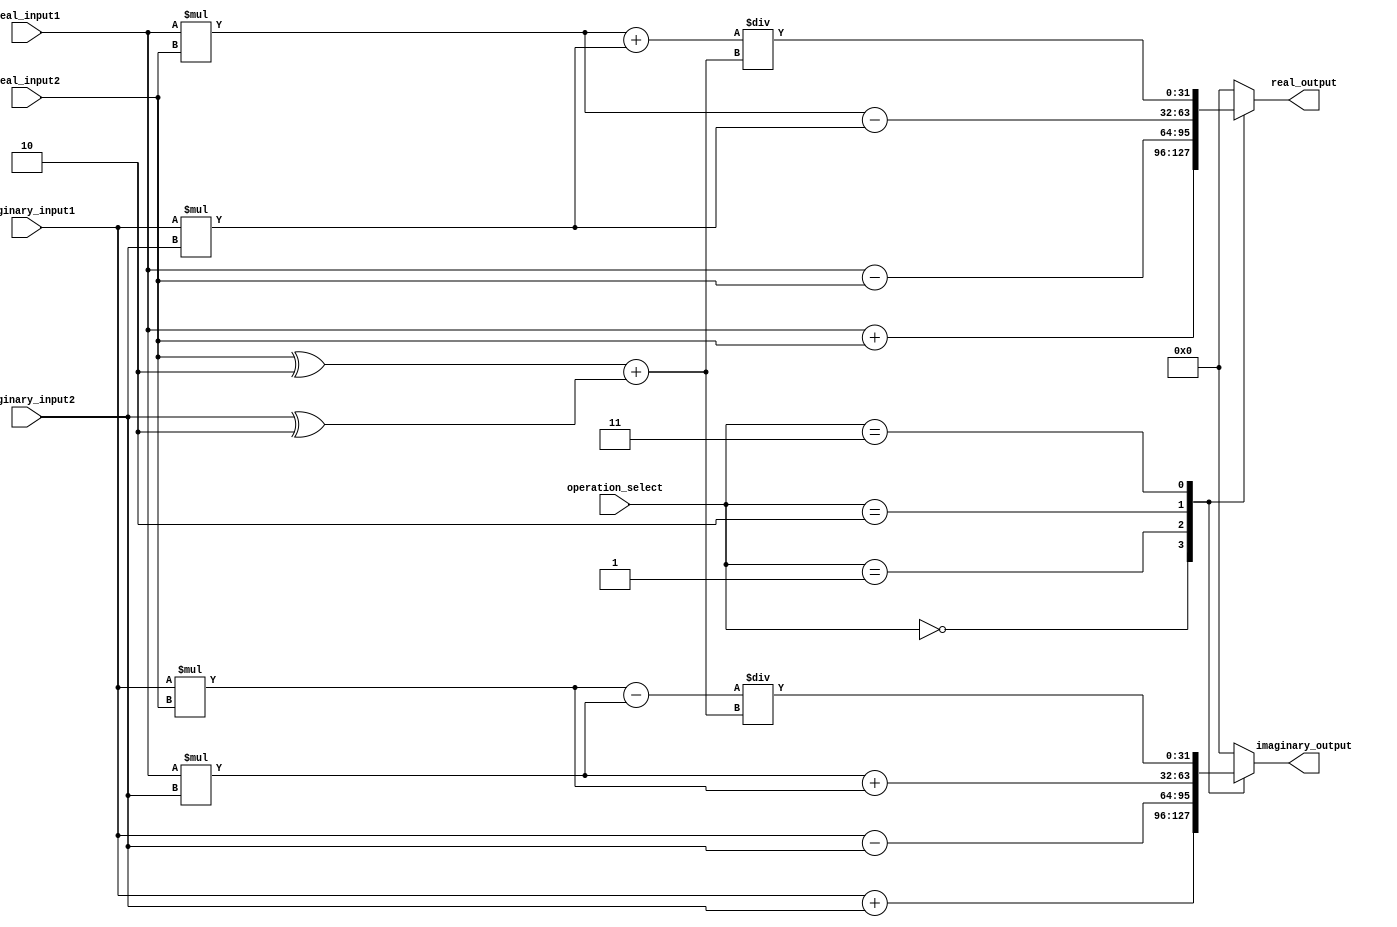
module ComplexALU (
    input [31:0] real_input1,
    input [31:0] imaginary_input1,
    input [31:0] real_input2,
    input [31:0] imaginary_input2,
    input [2:0] operation_select,
    output reg [31:0] real_output,
    output reg [31:0] imaginary_output
);

always @(*) begin
    case(operation_select)
        3'b000: begin // Addition
            real_output = real_input1 + real_input2;
            imaginary_output = imaginary_input1 + imaginary_input2;
        end
        3'b001: begin // Subtraction
            real_output = real_input1 - real_input2;
            imaginary_output = imaginary_input1 - imaginary_input2;
        end
        3'b010: begin // Multiplication
            real_output = (real_input1 * real_input2) - (imaginary_input1 * imaginary_input2);
            imaginary_output = (real_input1 * imaginary_input2) + (imaginary_input1 * real_input2);
        end
        3'b011: begin // Division
            real_output = ((real_input1 * real_input2) + (imaginary_input1 * imaginary_input2)) / ((real_input2^2) + (imaginary_input2^2));
            imaginary_output = ((imaginary_input1 * real_input2) - (real_input1 * imaginary_input2)) / ((real_input2^2) + (imaginary_input2^2));
        end
        default: begin
            real_output = 0;
            imaginary_output = 0;
        end
    endcase
end

endmodule